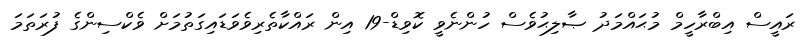
ރައީސް އިބްރާހީމް މުޙައްމަދު ޞާލިޙުވެސް ހުންނެވީ ކޮވިޑް-19 އިން ރައްކާތެރިވެވަޑައިގަތުމަށް ވެކްސިންގެ ފުރަތަމަ